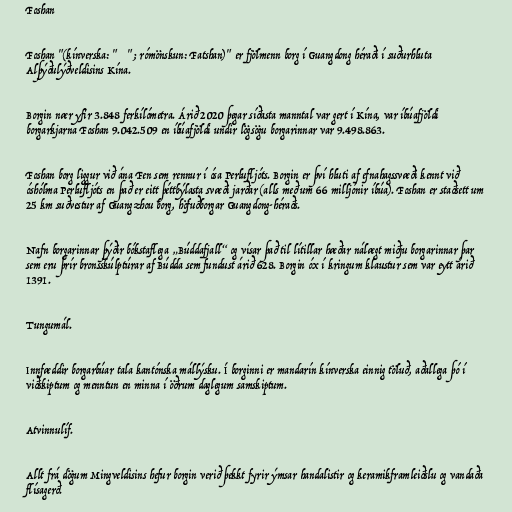
Foshan

Foshan "(kínverska: "佛山市"; rómönskun: Fatshan)" er fjölmenn borg í Guangdong héraði í suðurhluta
Alþýðulýðveldisins Kína.

Borgin nær yfir 3.848 ferkílómetra. Árið 2020 þegar síðasta manntal var gert í Kína, var íbúafjöldi
borgarkjarna Foshan 9.042.509 en íbúafjöldi undir lögsögu borgarinnar var 9.498.863.

Foshan borg liggur við ána Fen sem rennur í ósa Perlufljóts. Borgin er því hluti af efnahagssvæði kennt við
óshólma Perlufljóts en það er eitt þéttbýlasta svæði jarðar (alls með um 66 milljónir íbúa). Foshan er staðsett um
25 km suðvestur af Guangzhou borg, höfuðborgar Guangdong-héraðs.

Nafn borgarinnar þýðir bókstaflega „Búddafjall“ og vísar það til lítillar hæðar nálægt miðju borgarinnar þar
sem eru þrír bronsskúlptúrar af Búdda sem fundust árið 628. Borgin óx í kringum klaustur sem var eytt árið
1391.

Tungumál.

Innfæddir borgarbúar tala kantónska mállýsku. Í borginni er mandarín kínverska einnig töluð, aðallega þó í
viðskiptum og menntun en minna í öðrum daglegum samskiptum.

Atvinnulíf.

Allt frá dögum Mingveldisins hefur borgin verið þekkt fyrir ýmsar handalistir og keramikframleiðslu og vandaða
flísagerð.